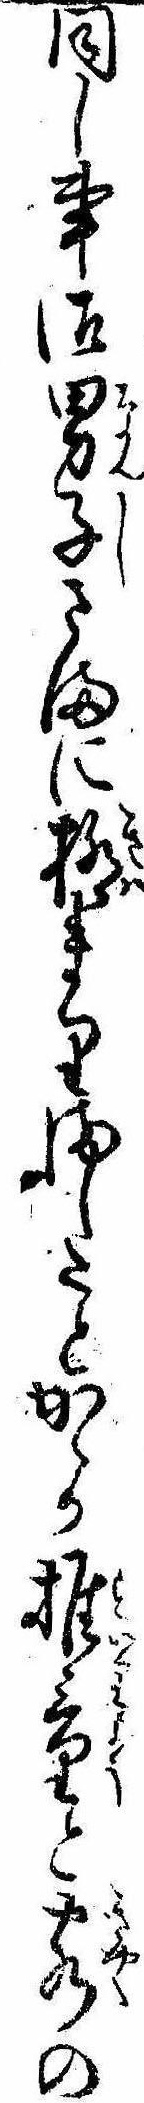
同し事御男子さまに極まりましたとかゝか推量と客の